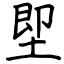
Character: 堲